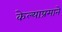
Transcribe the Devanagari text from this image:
केल्याप्रमाने